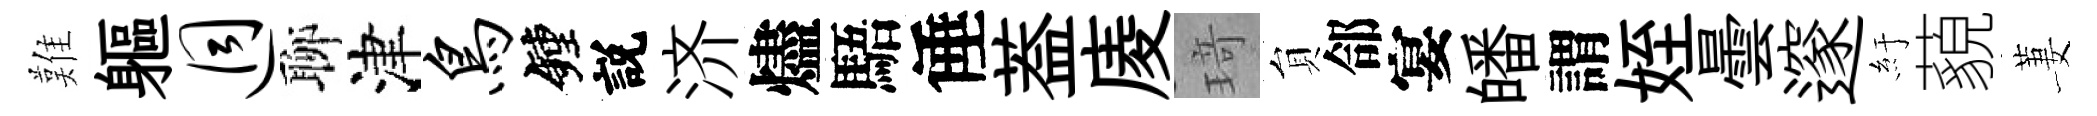
難軀迥聊津鸟鐘説济燼䮏倕葢庱𤦺貟郃宴皤謂姪曇邃紆藐萋